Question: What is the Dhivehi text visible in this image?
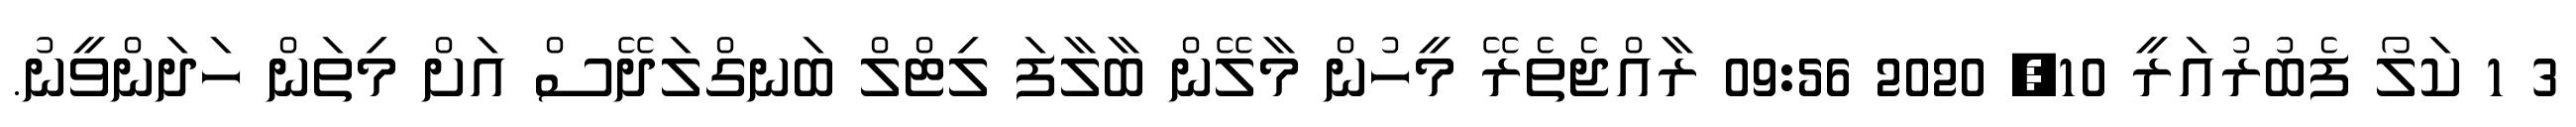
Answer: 3 1 ކަލޯ ފެބުރުއަރީ 10, 2020 09:56 ރާއްޖެތެރޭ މީހުން މާލޭން ބާލާފަ ލިޓްލް ބަނގްލަދޭސް އަށް މިތަން ހަދަންވީނު.